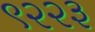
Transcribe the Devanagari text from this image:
९२२३